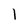
Character: l